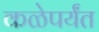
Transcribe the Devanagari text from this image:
कळेपर्यंत